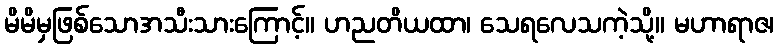
မိမိမှဖြစ်သောအသီးသားကြောင့်။ ဟညတိယထာ၊ သေရလေသကဲ့သို့။ မဟာရာဇ၊